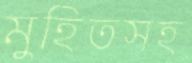
মুহিতসহ